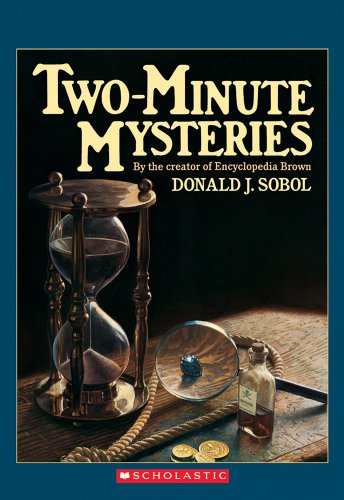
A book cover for Two-Minute Mysteries (Apple Paperbacks); Donald J. Sobol; Teen & Young Adult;